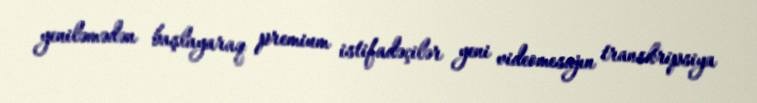
yeniləmədən başlayaraq premium istifadəçilər yeni videomesajın transkripsiya